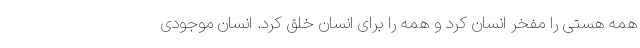
همه هستی را مفخر انسان کرد و همه را برای انسان خلق کرد. انسان موجودی